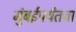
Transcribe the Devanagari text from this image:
मुंबईपर्यंतचा